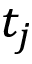
t _ { j }